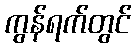
ကွန်ရက်တွင်